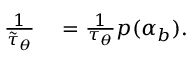
\begin{array} { r l } { \frac { 1 } { \tilde { \tau } _ { \theta } } } & { { } = \frac { 1 } { \tau _ { \theta } } p ( \alpha _ { b } ) . } \end{array}